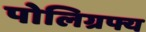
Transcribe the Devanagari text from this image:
पोलिग्रफ्य